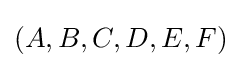
(A,B,C,D,E,F)